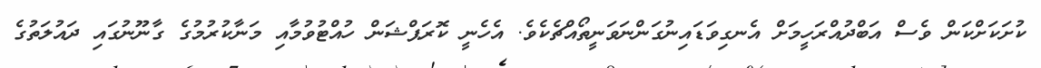
ކުށަކަށްކަން ވެސް އަބްދުއްރަހީމަށް އެނގިވަޑައިނުގަންނަވަނީތޯއްޗެކެވެ. އެހެނީ ކޮރަޕްޝަން ހުއްޓުވުމާއި މަނާކުރުމުގެ ގާނޫނުގައި ދައުލަތުގެ